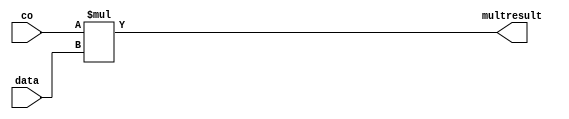
module mult (co, data, multresult);
//parameter n;
	input [15:0] co;
	input [15:0] data;
	output [31:0] multresult;

	assign multresult = co * data;

endmodule